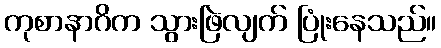
ကုစာနာဂိက သွားဖြဲလျက် ပြုံးနေသည်။